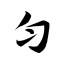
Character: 匀